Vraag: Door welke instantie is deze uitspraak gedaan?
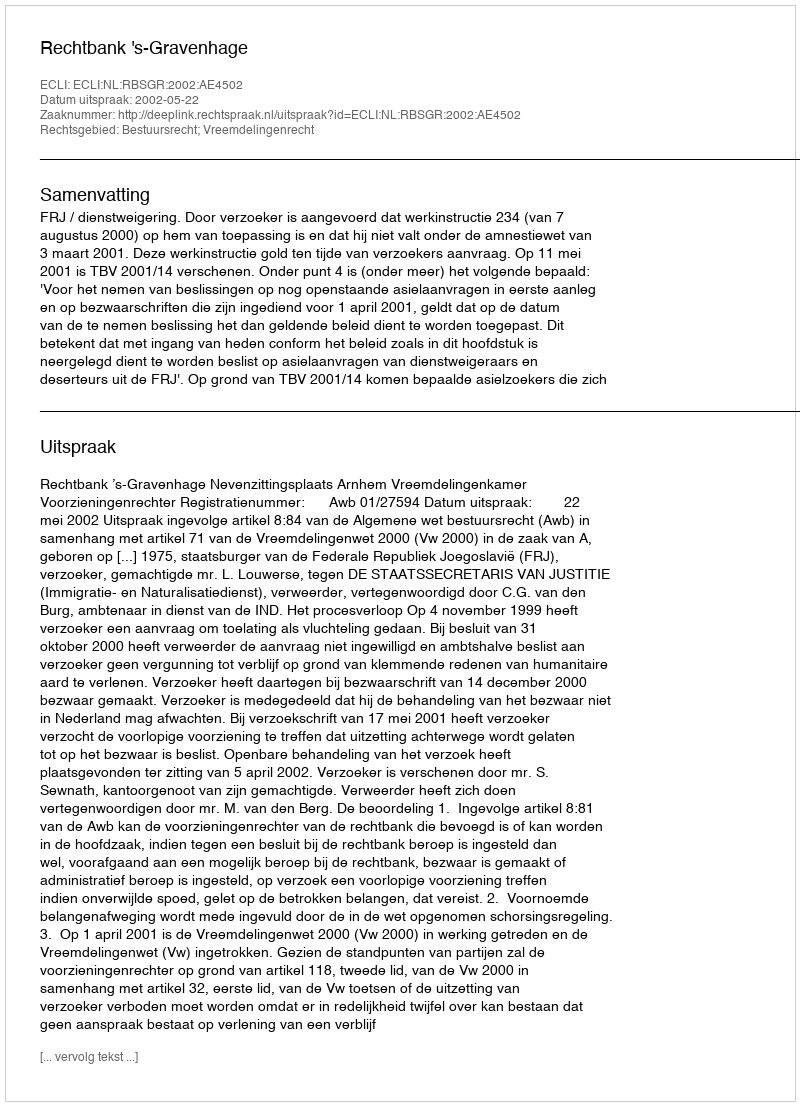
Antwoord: Rechtbank 's-Gravenhage